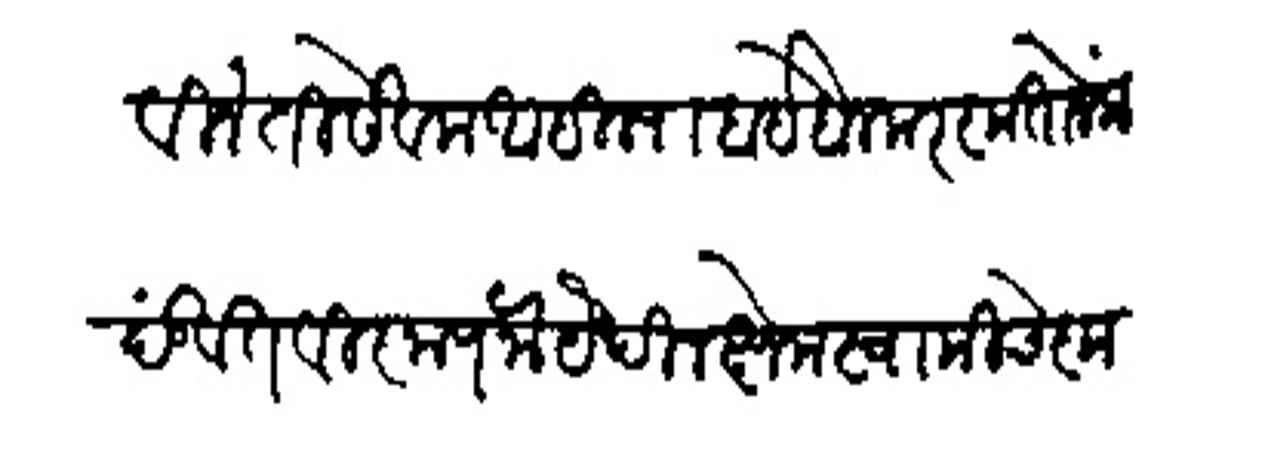
Transliteration (Devanagari): विनंती सेवक अहिल्याबाई होलकर कृतानेक दंडवत विज्ञापना येथील क्षेम स्वामीचे कृ